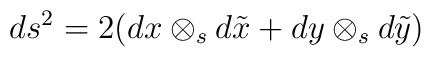
ds^2 = 2 (d x \otimes_s d \tilde x + dy \otimes_s d\tilde y)